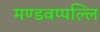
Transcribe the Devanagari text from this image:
मण्डवप्पल्लि